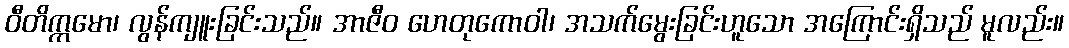
ဝီတိက္ကမော၊ လွန်ကျူးခြင်းသည်။ အာဇီဝ ဟေတုကောဝါ၊ အသက်မွေးခြင်းဟူသော အကြောင်းရှိသည် မူလည်း။